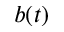
b ( t )